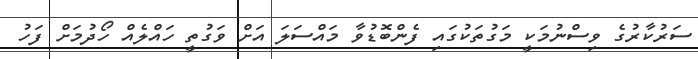
ސަރުކާރުގެ ވިސްނުމަކީ މަގުތަކުގައި ފެންބޮޑުވާ މައްސަލަ އަށް ވަގުތީ ހައްލެއް ހޯދުމަށް ފަހު